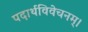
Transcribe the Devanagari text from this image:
पदार्थविवेचनम्।